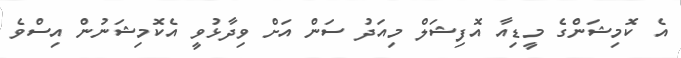
އެ ކޮމިޝަންގެ މީޑިއާ އޮފިޝަލް މިއަދު ސަން އަށް ވިދާޅުވީ އެކޮމިޝަނުން އިސްވެ